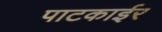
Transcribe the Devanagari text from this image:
पाटकाईर